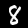
Label: 8